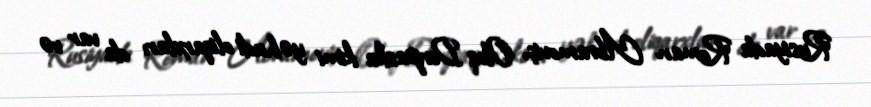
Rusiyada Roman Abramoviç, Oleq Deripaska kimi yəhudi oliqarxları da var və